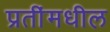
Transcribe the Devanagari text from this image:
प्रतींमधील